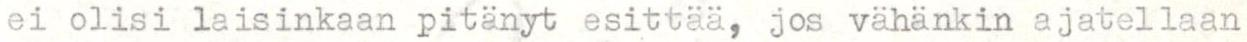
ei olisi laisinkaan pitänyt esittää, jos vähänkin ajatellaan